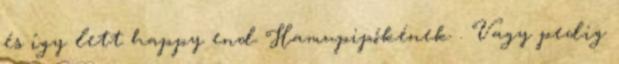
és így lett happy end Hamupipőkének . Vagy pedig